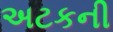
અટકની